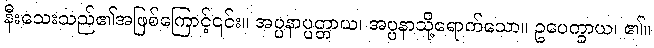
နီးသေးသည်၏အဖြစ်ကြောင့်၎င်း။ အပ္ပနာပ္ပတ္တာယ၊ အပ္ပနာသို့ရောက်သော။ ဥပေက္ခာယ၊ ၏။